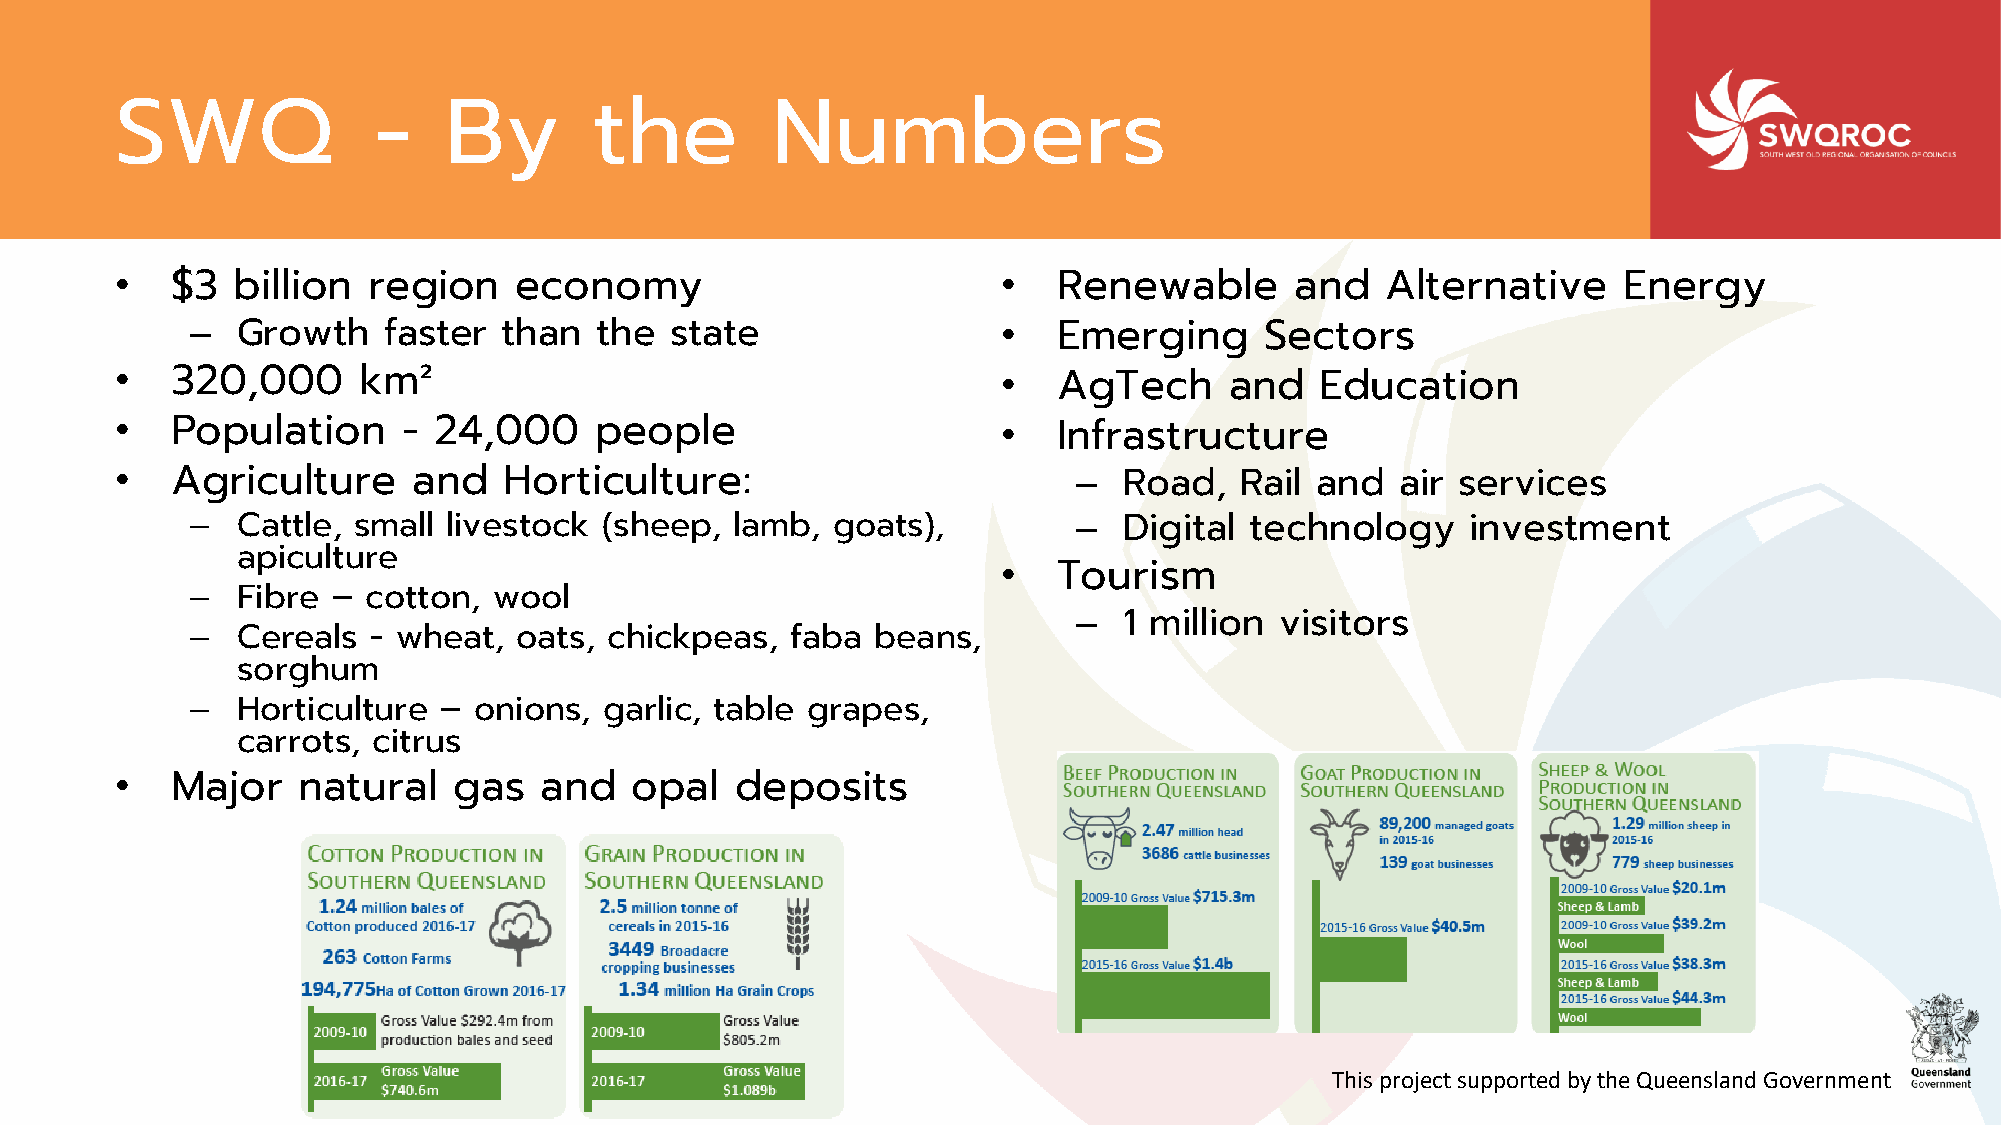
SWQ              -   By        the         Numbers
 •  $3  billion  region    economy                         •   Renewable       and   Alternative    Energy
 –  Growth   faster  than  the  state                 •   Emerging      Sectors
 •  320,000      km²                                       •   AgTech     and   Education
 •  Population      - 24,000    people                     •   Infrastructure
 •  Agriculture     and   Horticulture:                         –  Road,   Rail and   air services
 –  Cattle, small livestock (sheep,  lamb, goats),         –  Digital  technology    investment
 apiculture
 •   Tourism
 –  Fibre – cotton,  wool
 –  1 million  visitors
 –  Cereals - wheat,  oats, chickpeas,  faba  beans,
 sorghum
 –  Horticulture – onions,  garlic, table grapes,
 carrots, citrus
 •  Major    natural   gas   and   opal   deposits
 This project supported by the Queensland Government